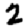
Digit: 2